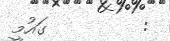
:         ގައުމީ